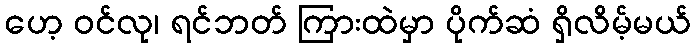
ဟေ့ ဝင်လု၊ ရင်ဘတ် ကြားထဲမှာ ပိုက်ဆံ ရှိလိမ့်မယ်